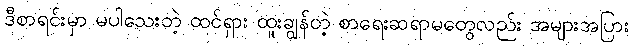
ဒီစာရင်းမှာ မပါသေးတဲ့ ထင်ရှား ထူးချွန်တဲ့ စာရေးဆရာမတွေလည်း အများအပြား